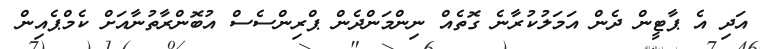
އަދި އެ ޕާޓީން ދެން އަމަލުކުރާނެ ގޮތެއް ނިންމަންދެން ޕްރިންސެސް އުބޮންރާތުނާއަށް ކެމްޕެއިން